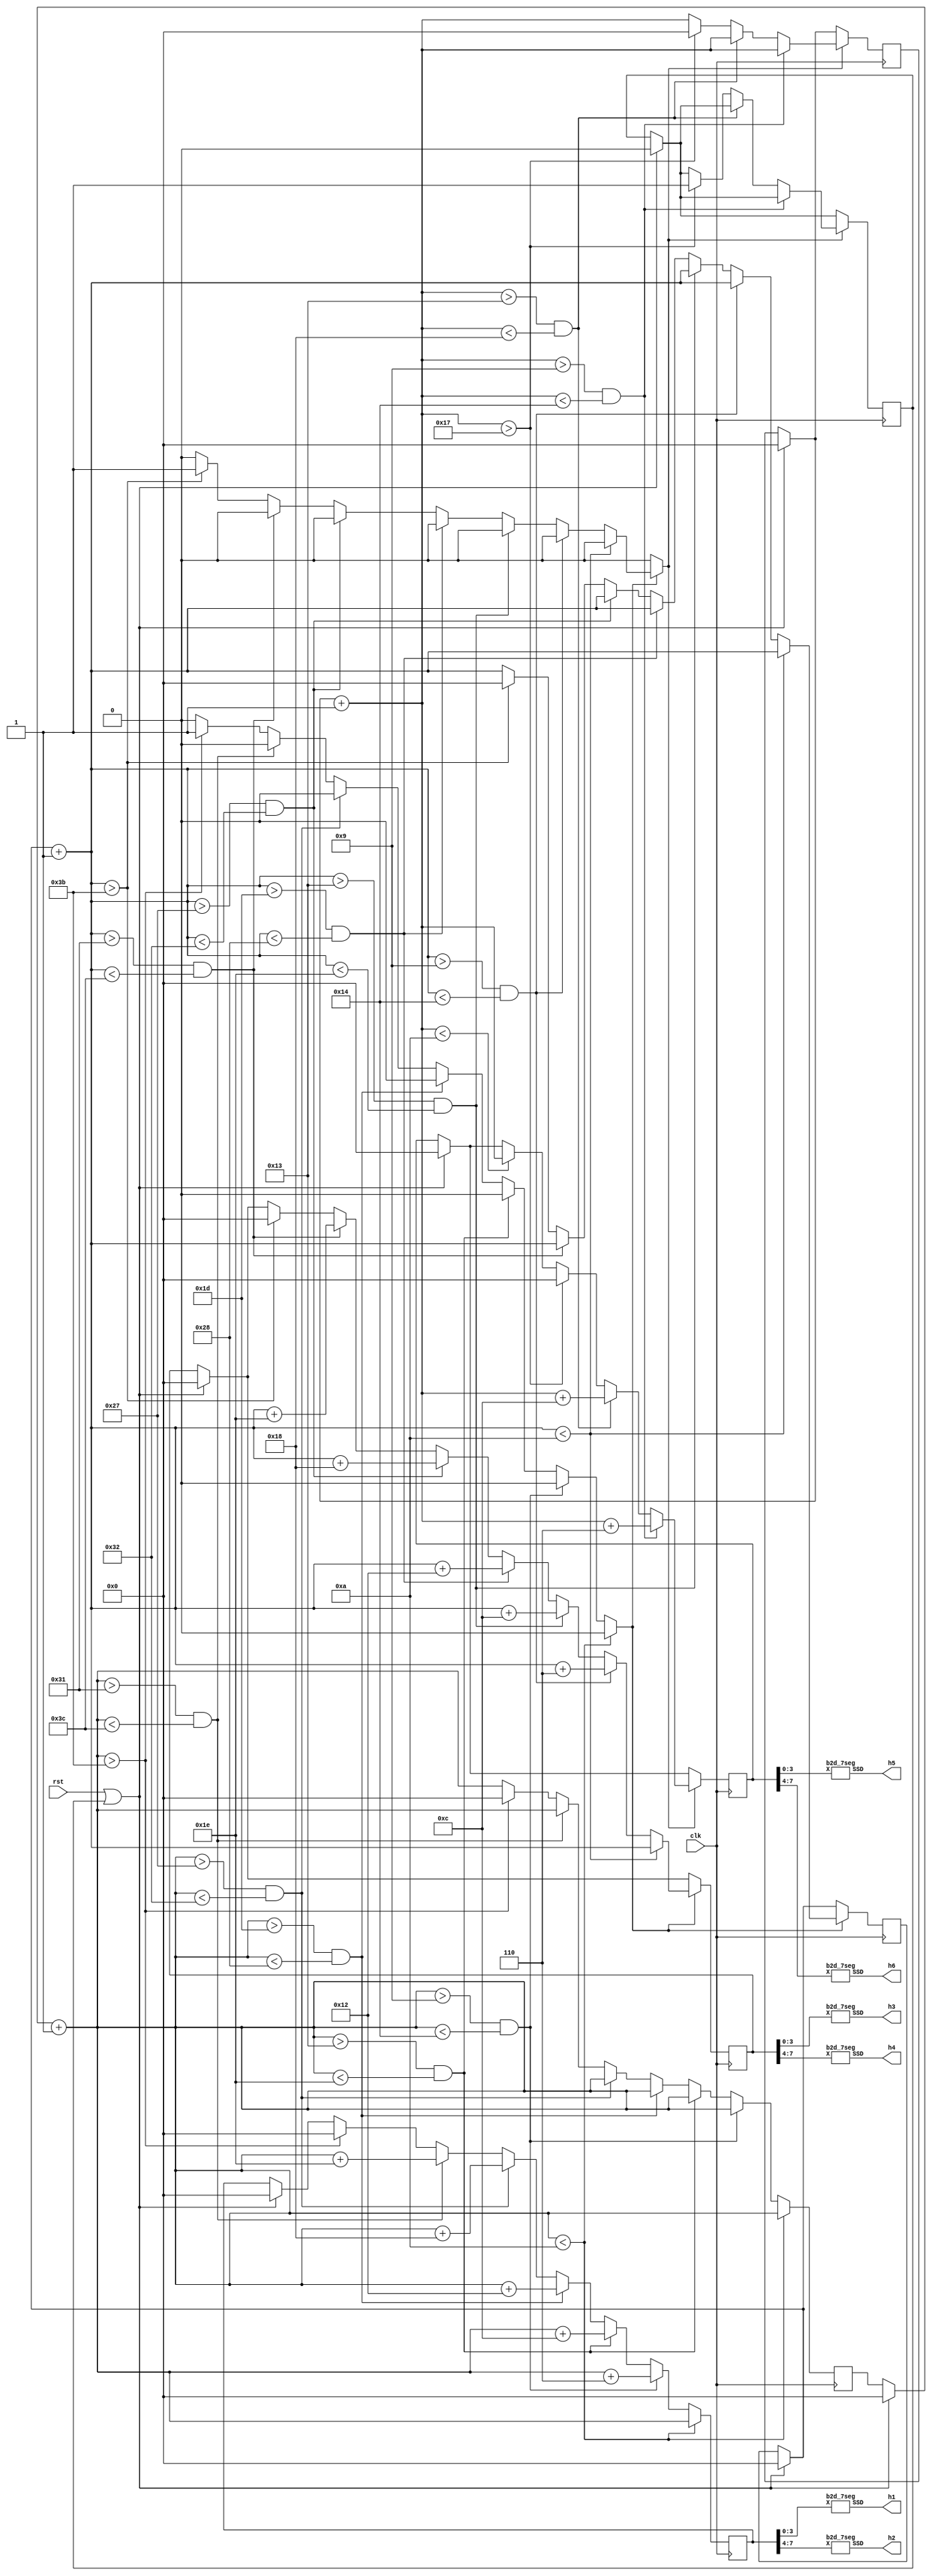

module tpsclock(h1, h2, h3, h4, h5, h6, clk, rst);
    input wire clk, rst;
    output wire [6:0] h1, h2, h3, h4, h5, h6;
    reg [7:0] sec, min, hr;
    reg [7:0] s, m, h;
    reg a, b, c;

    initial begin 
        sec <= 0;
        min <= 0;
        hr <= 0;
        a <= 0;
        b <= 0;
        c <= 0;
        s <= 0;
        m <= 0;
        h <= 0;
    end

    always @(posedge clk) begin
        if (rst == 1 || c == 1) begin
            c = 0;
            s = 0;
            m = 0;
            h = 0;
            sec = 0;
            hr = 0;
            min = 0;
        end
        bcd_adder1;
        if (a == 1) begin
            a = 0;
            bcd_adder2;
        end
        if (b == 1) begin
            b = 0;
            bcd_adder3;	
        end
    end

    b2d_7seg B0 (sec[3:0], h1);
    b2d_7seg B1 (sec[7:4], h2);
    b2d_7seg B2 (min[3:0], h3);
    b2d_7seg B3 (min[7:4], h4);
    b2d_7seg B4 (hr[3:0], h5);
    b2d_7seg B5 (hr[7:4], h6);

    task bcd_adder1;
        begin
            s = s + 1'b1;
            if (s < 10)
                sec = s;
            else if (s > 9 && s < 20)
                sec = s + 6;
            else if (s > 19 && s < 30)
                sec = s + 12;
            else if (s > 29 && s < 40)
                sec = s + 18;
            else if (s > 39 && s < 50)
                sec = s + 24;
            else if (s > 49 && s < 60)
                sec = s + 30;
            else if (s > 59) begin
                sec = 8'b00000000;
                s = 0;
                a = 1;
            end
        end
    endtask

    task bcd_adder2;
        begin
            m = m + 1'b1;
            if (m < 10)
                min = m;
            else if (m > 9 && m < 20 )
                min = m + 6; 
            else if (m > 19 && m < 30)
                min = m + 12;
            else if (m > 29 && m < 40)
                min = m + 18;
            else if (m > 39 && m < 50)
                min = m + 24;
            else if (m > 49 && m < 60)
                min = m + 30;
            else if (m > 59) begin
                min = 8'b00000000;
                m = 0;
                b = 1;
            end
        end
    endtask

    task bcd_adder3;
        begin
            h = h + 1'b1;
            if (h < 10)
                hr = h;
            if (h > 9 && h < 20 )
                hr = h + 6; 
            else if (h > 19 && h < 24)
                hr = h + 12;
            else if (h > 23) begin
                hr = 8'b00000000;
                h = 0;
                c = 1;
            end
        end
    endtask

endmodule

module b2d_7seg(X, SSD);
    input wire [3:0] X;
    output reg [6:0] SSD;

    always @(X) begin
        case (X)
            4'b0000 : SSD = 7'b1000000;
            4'b0001 : SSD = 7'b1111001;
            4'b0010 : SSD = 7'b0100100;
            4'b0011 : SSD = 7'b0110000;
            4'b0100 : SSD = 7'b0011001;
            4'b0101 : SSD = 7'b0010010;
            4'b0110 : SSD = 7'b0000010;
            4'b0111 : SSD = 7'b1111000;
            4'b1000 : SSD = 7'b0000000;
            4'b1001 : SSD = 7'b0010000;
        endcase
    end
endmodule